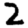
Digit: 2